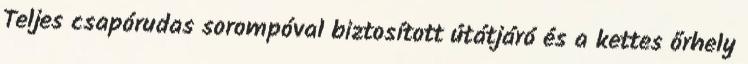
Teljes csapórudas sorompóval biztosított útátjáró és a kettes őrhely